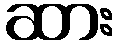
ဆား